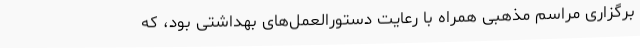
برگزاری مراسم مذهبی همراه با رعایت دستورالعمل‌های بهداشتی بود، که